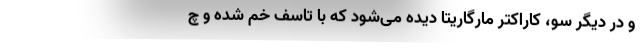
و در دیگر سو، کاراکتر مارگاریتا دیده می‌شود که با تاسف خم شده و چ